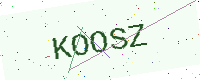
Text: KOOSZ